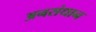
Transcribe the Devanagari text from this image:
अनसंधान